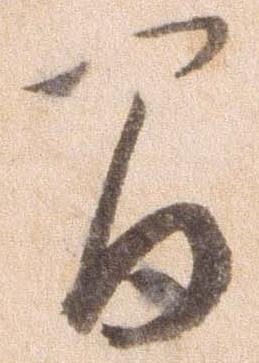
間